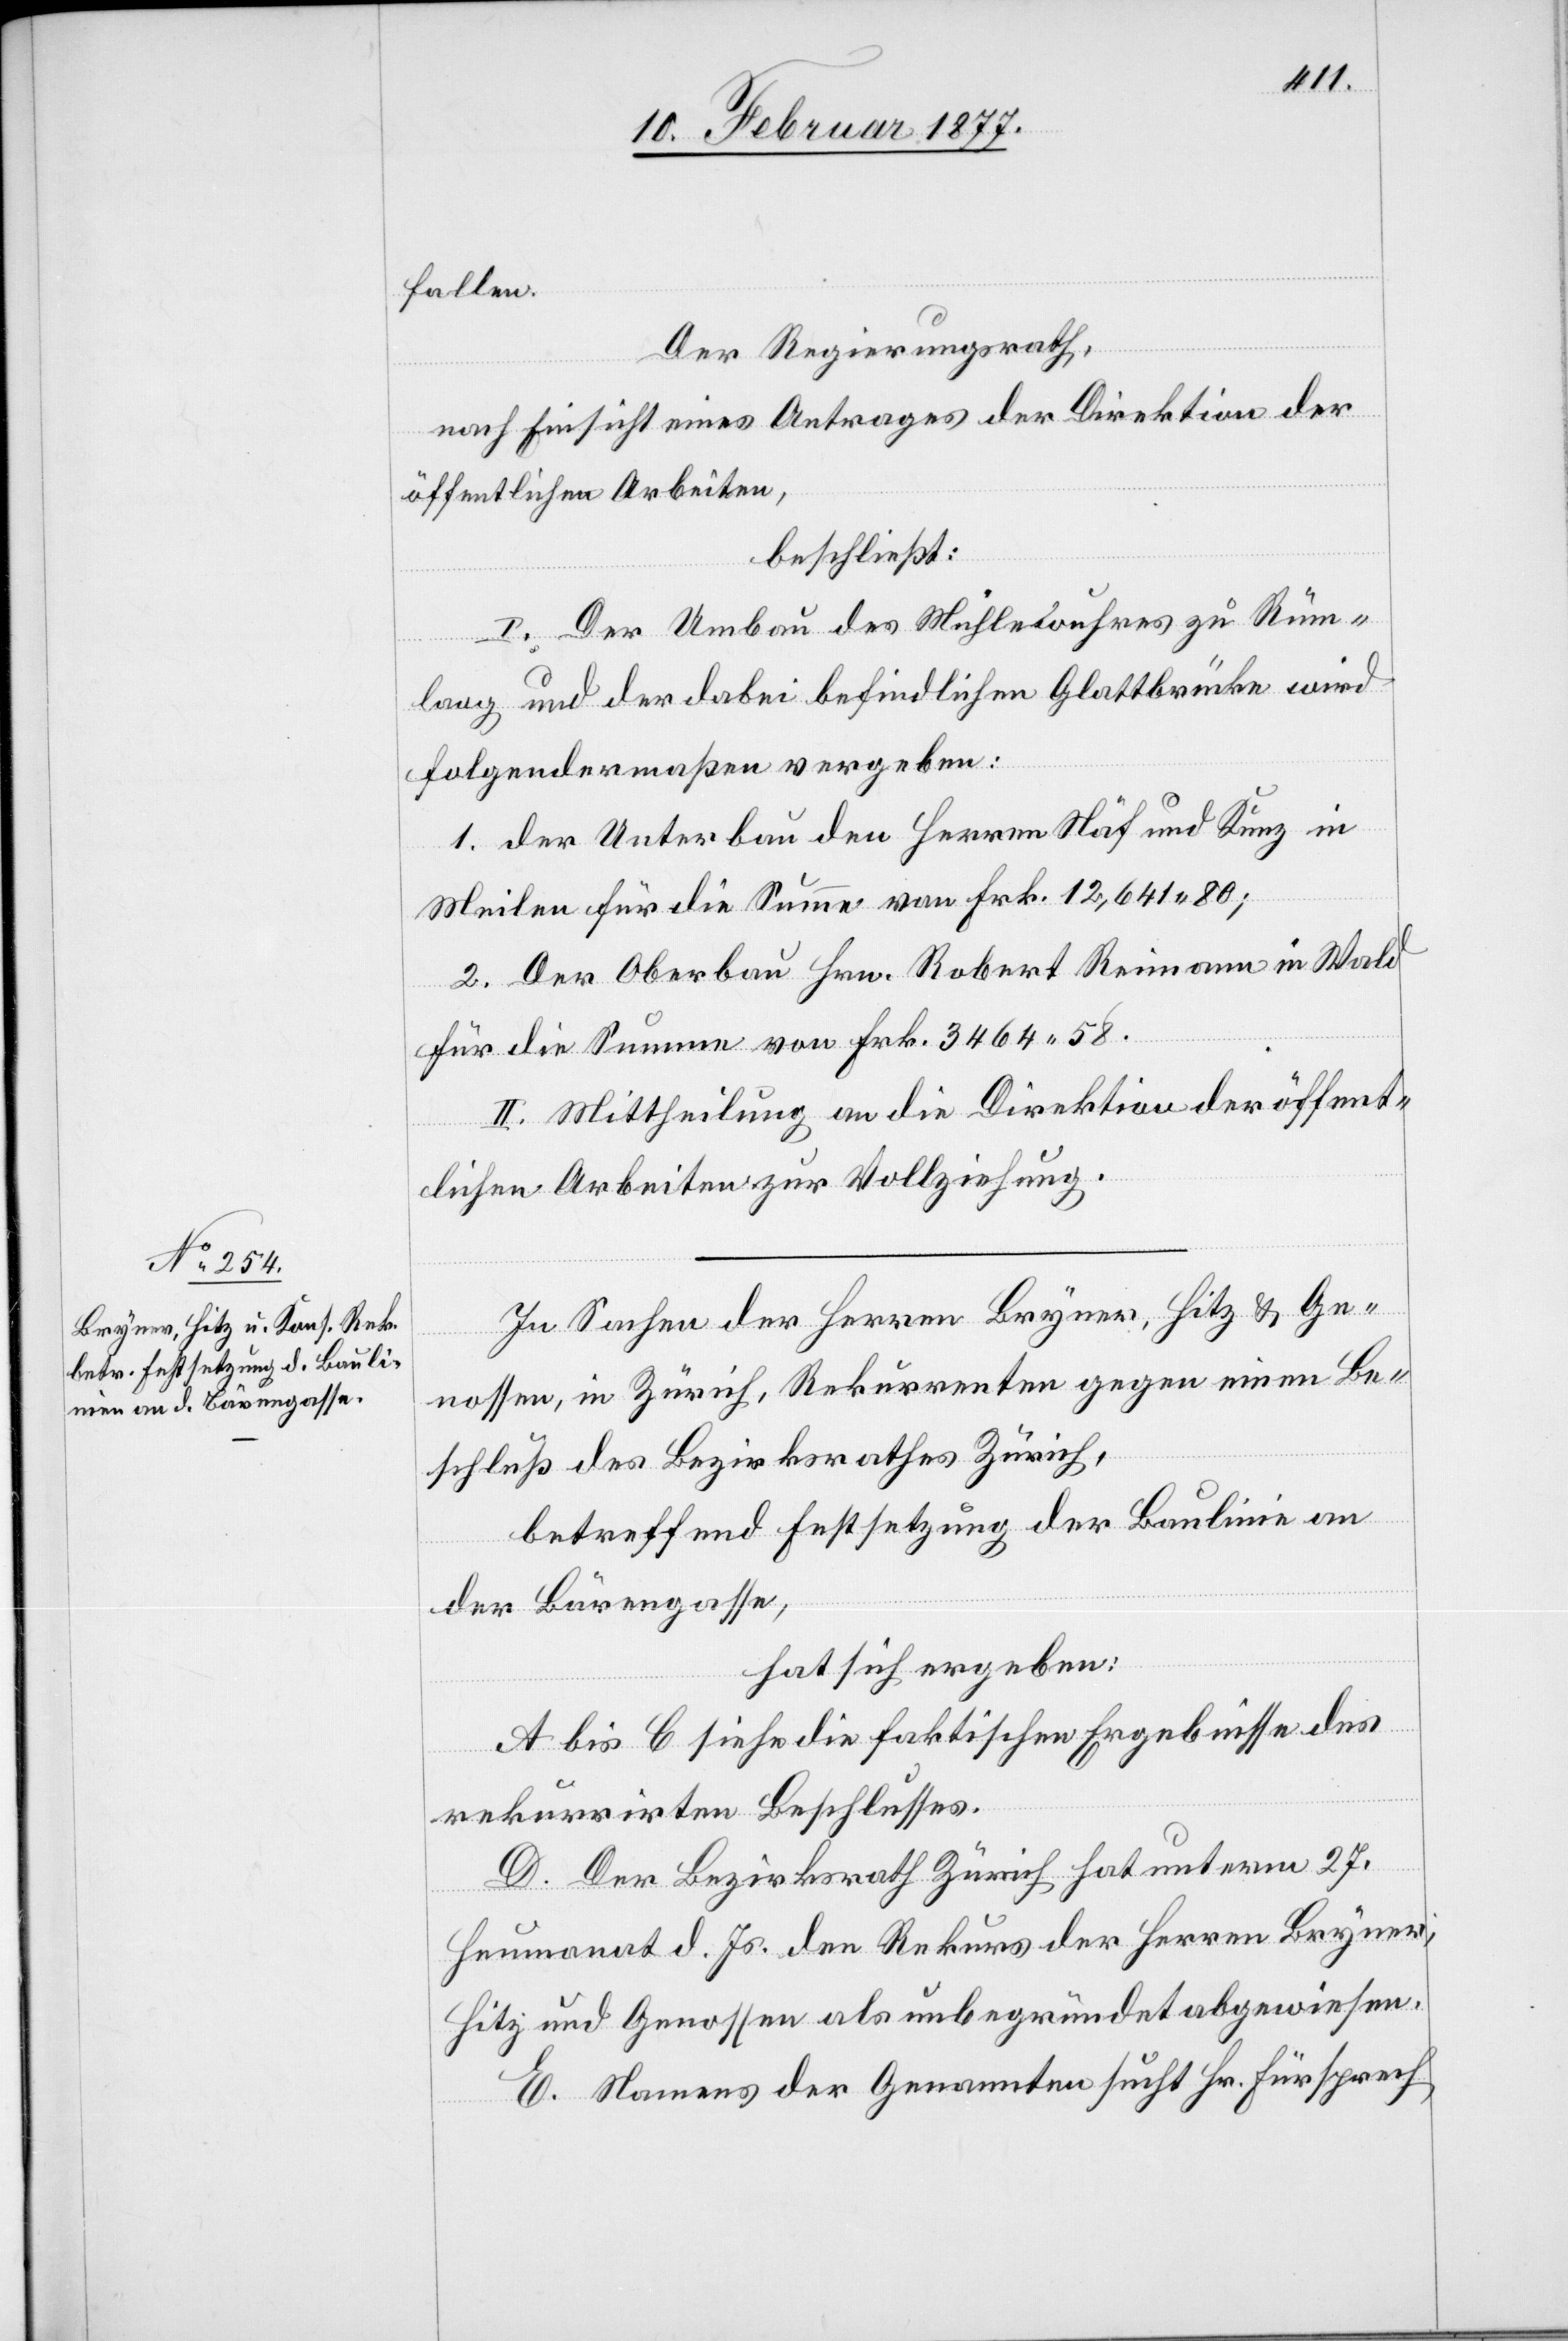
fallen.
Der Regierungsrath,
nach Einsicht eines Antrages der Direktion der
öffentlichen Arbeiten,
beschließt:
I. Der Umbau des Mühlewuhres zu Rüm¬
lang und der dabei befindlichen Glattbrücke wird
folgendermaßen vergeben:
1. Der Unterbau den Herren Näf und Kunz in
Meilen für die Summe von Frk. 12,641.80;
2. Der Oberbau Hrn. Robert Reimann in Wald
für die Summe von Frk. 3464.58.
II. Mittheilung an die Direktion der öffent¬
lichen Arbeiten zur Vollziehung.
In Sachen der Herren Bryner, Hitz & Ge¬
nossen, in Zürich, Rekurrenten gegen einen Be¬
schluß des Bezirksrathes Zürich,
betreffend Festsetzung der Baulinie an
der Bärengasse,
hat sich ergeben:
A bis C. siehe die faktischen Ergebnisse des
rekurrirten Beschlusses.
D. Der Bezirksrath Zürich hat unterm 27.
Heumonat d. Js. den Rekurs der Herren Bryner,
Hitz und Genossen als unbegründet abgewiesen.
E. Namens der Genannten sucht Hr. Fürsprech